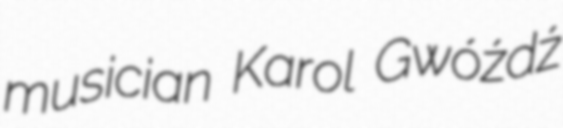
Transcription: musician Karol Gwóźdź